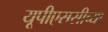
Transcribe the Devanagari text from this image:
यूपीएससीच्या